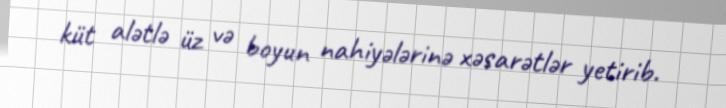
küt alətlə üz və boyun nahiyələrinə xəsarətlər yetirib.